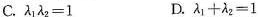
C.$$\lambda _{1}\lambda _{2}=1 $$D.$$\lambda _{1}+\lambda _{2}=1$$